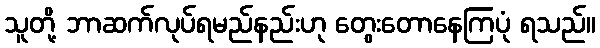
သူတို့ ဘာဆက်လုပ်ရမည်နည်းဟု တွေးတောနေကြပုံ ရသည်။